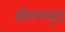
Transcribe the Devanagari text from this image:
श्रीरामसूद